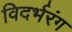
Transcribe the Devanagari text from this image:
विदर्भरंग